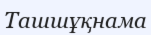
Ташшұқнама